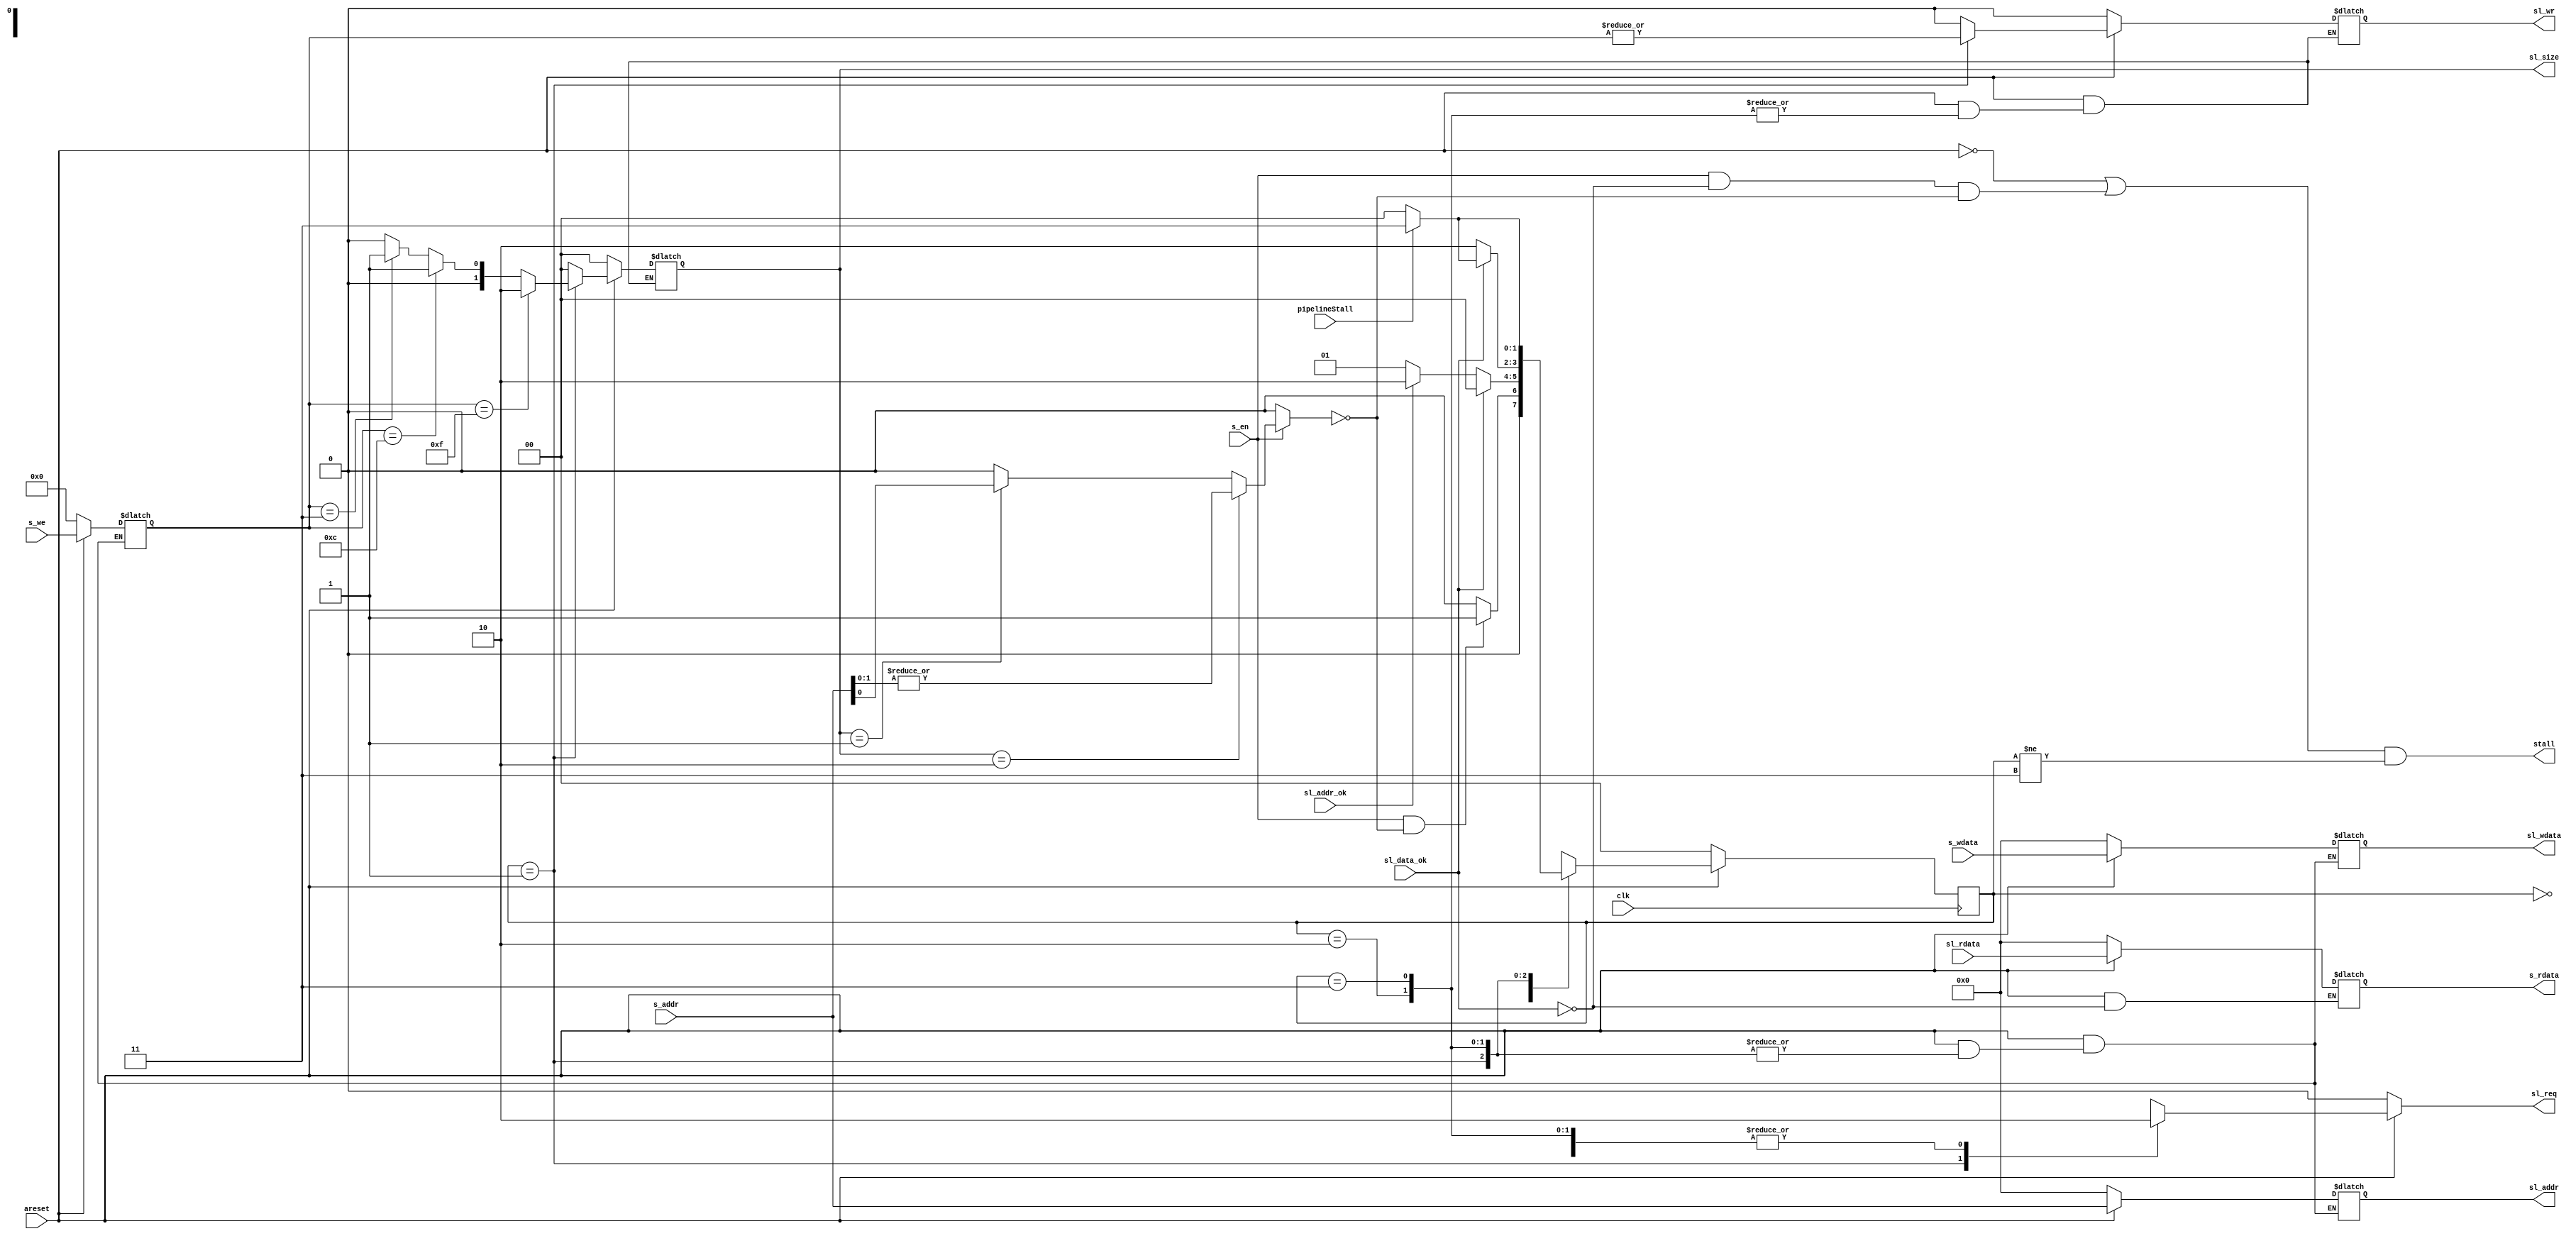
// sramsram-like
module sram_to_sram_like(
    input   wire                clk, areset,    // low active
    // sram
    input   wire                s_en,
    input   wire    [3: 0]      s_we,
    input   wire    [31:0]      s_addr,
    input   wire    [31:0]      s_wdata,
    output  wire    [31:0]      s_rdata,
    // sram - like
    output   reg                sl_req,
    output   reg                sl_wr,
    output   reg    [1 :0]      sl_size,
    output   wire   [31:0]      sl_addr,
    output   wire   [31:0]      sl_wdata,
    input    wire   [31:0]      sl_rdata,
    input    wire               sl_addr_ok,
    input    wire               sl_data_ok,
    // signal to cpu
    input    wire               pipelineStall,
    output   wire               stall
);
    localparam IDLE = 2'b00, ADDR = 2'b01, DATA = 2'b10, PIPEBUSY = 2'b11;
    reg     [3:0]               s_we_save;
    reg     [31:0]              s_addr_save, s_wdata_save;
    reg     [31:0]              s_rdata_save;
    wire                        addrException;
    reg     [1:0]               state;
    assign addrException = s_en ? (sl_size == 2'b10) ? |s_addr[1:0] :
                                  (sl_size == 2'b01) ? s_addr[0]    :
                                  1'b0 : 1'b0;
    assign s_rdata = s_rdata_save;
    assign sl_addr = s_addr_save;
    assign sl_wdata = s_wdata_save;
    always @(state) begin
        s_rdata_save = (~areset) ? 'b0 : 
                       (sl_data_ok) ? sl_rdata : s_rdata_save;          // Latchflopper
    end
    assign stall =  ((~areset) | (s_en & ~sl_data_ok & ~addrException)) & (state != PIPEBUSY) ;         // en IDLE
    // sl_reqsl_wrsl_size
    always @(posedge clk) begin     // mealy
        if (~areset) begin
            state <= IDLE;
        end
        else begin
            case(state)
                IDLE: state <= (s_en & ~addrException) ? ADDR : IDLE;
                ADDR: state <= (sl_data_ok) ? IDLE :        //  addr_ok  data_ok  cache  data
                               (sl_addr_ok) ? DATA : ADDR;
                DATA: state <= (sl_data_ok) ? (pipelineStall) ? PIPEBUSY : IDLE : DATA;
                PIPEBUSY: state <= (pipelineStall) ? PIPEBUSY : IDLE;
                default: state <= IDLE;
            endcase
        end
    end
    always @(*) begin           // latch 
        if (~areset) begin
            s_we_save = 'b0;
            s_addr_save = 'b0;
            s_wdata_save = 'b0;
        end
        else begin
            case(state)
                IDLE: 
                    begin
                        s_we_save       = s_we;
                        s_addr_save     = s_addr;
                        s_wdata_save    = s_wdata;
                    end
                ADDR, DATA, PIPEBUSY:   
                    begin
                        s_we_save       = s_we_save;
                        s_addr_save     = s_addr_save;
                        s_wdata_save    = s_wdata_save;
                    end
                default:
                    begin
                        s_we_save       = 'b0;
                        s_addr_save     = 'b0;
                        s_wdata_save    = 'b0;
                    end
            endcase
        end
    end
    always @(state) begin       // 
        if (~areset) begin
            sl_wr   = 1'b0;
            sl_req  = 1'b0;
            sl_size = 2'b00;
        end
        else begin
            case(state)
                IDLE:
                    begin
                        sl_wr   = 1'b0;
                        sl_req  = 1'b0;
                        sl_size = 2'b00;
                    end
                ADDR:
                    begin
                        sl_wr   = |s_we_save;
                        sl_req  = 1'b1;
                        sl_size =  (s_we_save == 4'b1111) ? 2'b10 :
                                   (s_we_save == 4'b1100) ? 2'b01 :
                                   (s_we_save == 4'b0011) ? 2'b01 :
                                   (s_we_save == 4'b0001) ? 2'b00 :
                                   (s_we_save == 4'b0010) ? 2'b00 :
                                   (s_we_save == 4'b0100) ? 2'b00 :
                                   (s_we_save == 4'b1000) ? 2'b00 : 2'b00;
                    end
                DATA, PIPEBUSY:
                    begin
                        sl_wr   = sl_wr;
                        sl_req  = 1'b0;
                        sl_size = sl_size;
                    end
                default:
                    begin
                        sl_wr   = 1'b0;
                        sl_req  = 1'b0;
                        sl_size = 2'b00;
                    end
            endcase
        end
    end
endmodule

// inputaxi